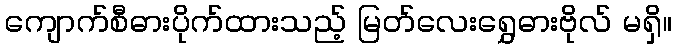
ကျောက်စီဓားပိုက်ထားသည့် မြတ်လေးရွှေဓားဗိုလ် မရှိ။